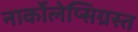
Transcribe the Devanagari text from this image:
नार्कोलेप्सिग्रस्त